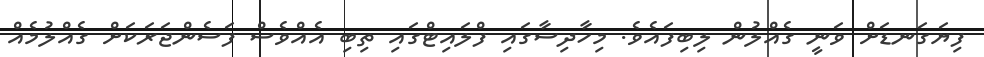
ފިޔަގަނޑަށް ވަނީ ގެއްލުން ލިބިފައެވެ. މިހާދިސާގައި ފްލައިޓްގައި ތިބި އެއްވެސް ފަސެންޖަރަކަށް ގެއްލުމެއް